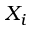
X _ { i }